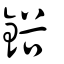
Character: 鋊